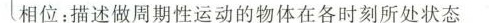
相位：描述做周期性运动的物体在各时刻所处状态